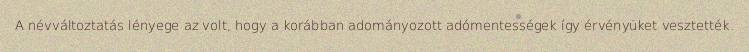
A névváltoztatás lényege az volt, hogy a korábban adományozott adómentességek így érvényüket vesztették.